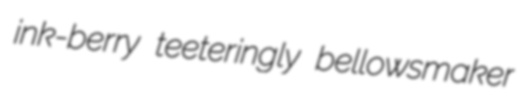
ink-berry teeteringly bellowsmaker